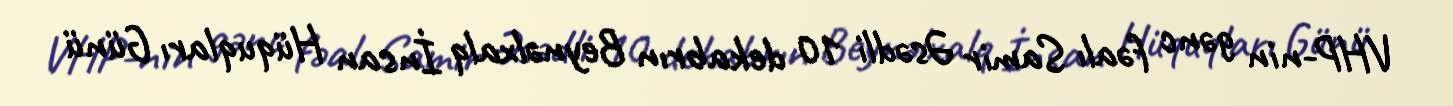
VHP-nin gənc fəalı Samir Əsədli 10 dekabrın Beynəlxalq İnsan Hüquqları Günü